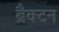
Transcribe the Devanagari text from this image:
ब्रैक्टन